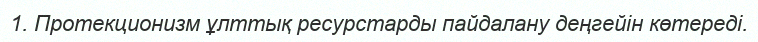
1. Протекционизм ұлттық ресурстарды пайдалану деңгейін көтереді.